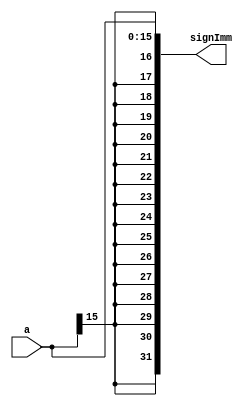
module SignExtend( input [15:0] a, 
						 output [31:0] signImm );
						
	assign signImm = { {16{a[15]}}, a };


endmodule